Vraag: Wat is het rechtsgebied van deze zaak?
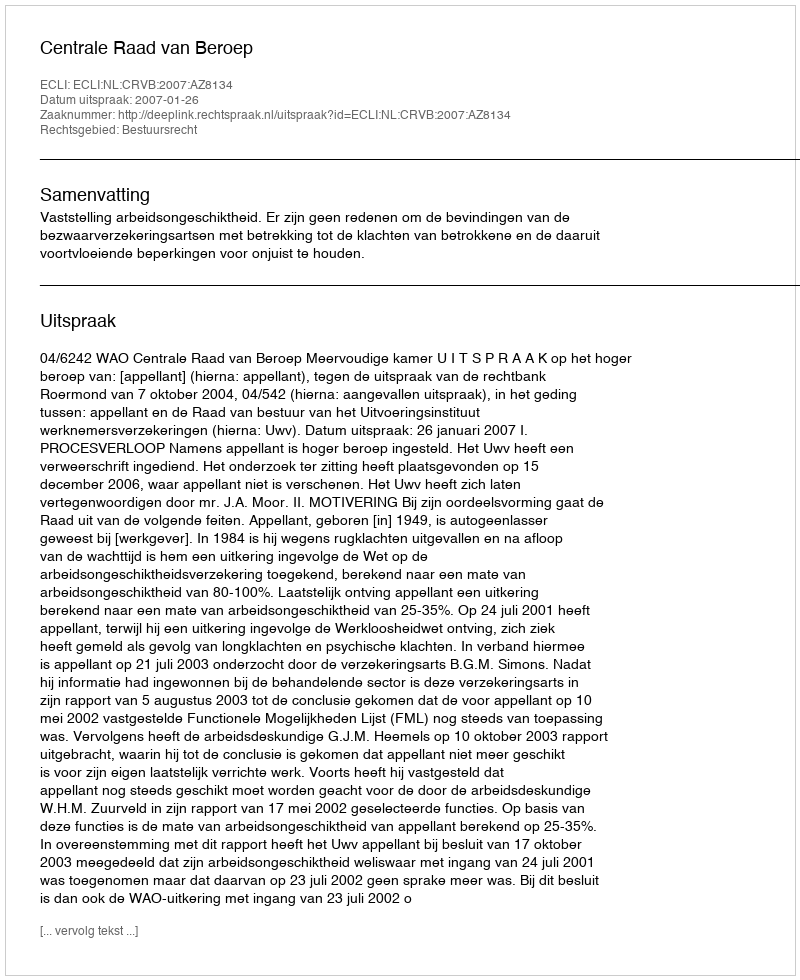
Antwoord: Bestuursrecht